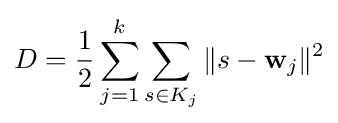
D={\frac {1}{2}}\sum _{j=1}^{k}\sum _{s\in K_{j}}\|s-{\bf {w}}_{j}\|^{2}